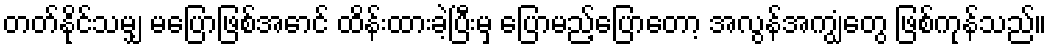
တတ်နိုင်သမျှ မပြောဖြစ်အောင် ထိန်းထားခဲ့ပြီးမှ ပြောမည့်ပြောတော့ အလွန်အကျွံတွေ ဖြစ်ကုန်သည်။